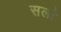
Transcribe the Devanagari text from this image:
सर्ला